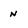
Character: n